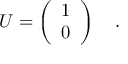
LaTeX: U = \left( \begin{array} { c } { { 1 } } \\ { { 0 } } \end{array} \right) \quad .